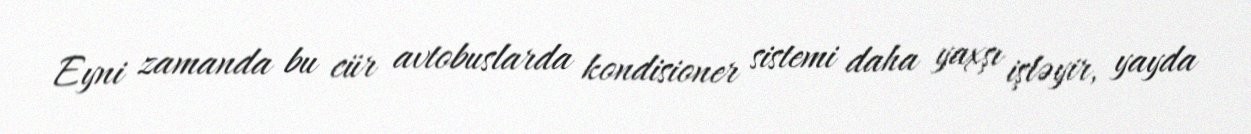
Eyni zamanda bu cür avtobuslarda kondisioner sistemi daha yaxşı işləyir, yayda